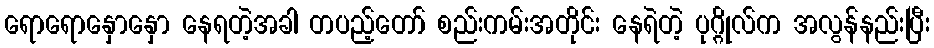
ရောရောနှောနှော နေရတဲ့အခါ တပည့်တော် စည်းကမ်းအတိုင်း နေရဲတဲ့ ပုဂ္ဂိုလ်က အလွန်နည်းပြီး